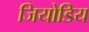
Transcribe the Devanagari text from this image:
जियोडिय